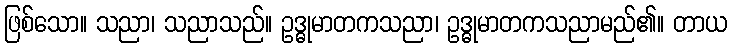
ဖြစ်သော။ သညာ၊ သညာသည်။ ဥဒ္ဓုမာတကသညာ၊ ဥဒ္ဓုမာတကသညာမည်၏။ တာယ